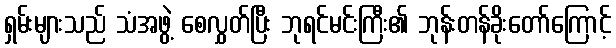
ရှမ်းများသည် သံအဖွဲ့ စေလွှတ်ပြီး ဘုရင်မင်းကြီး၏ ဘုန်းတန်ခိုးတော်ကြောင့်